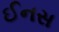
ઈનસ